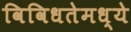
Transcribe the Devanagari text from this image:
विविधतेमध्ये